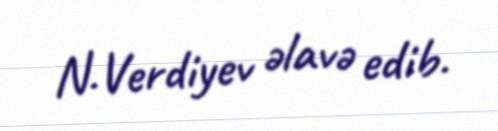
N.Verdiyev əlavə edib.